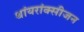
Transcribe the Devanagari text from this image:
थांयरांक्सीजन